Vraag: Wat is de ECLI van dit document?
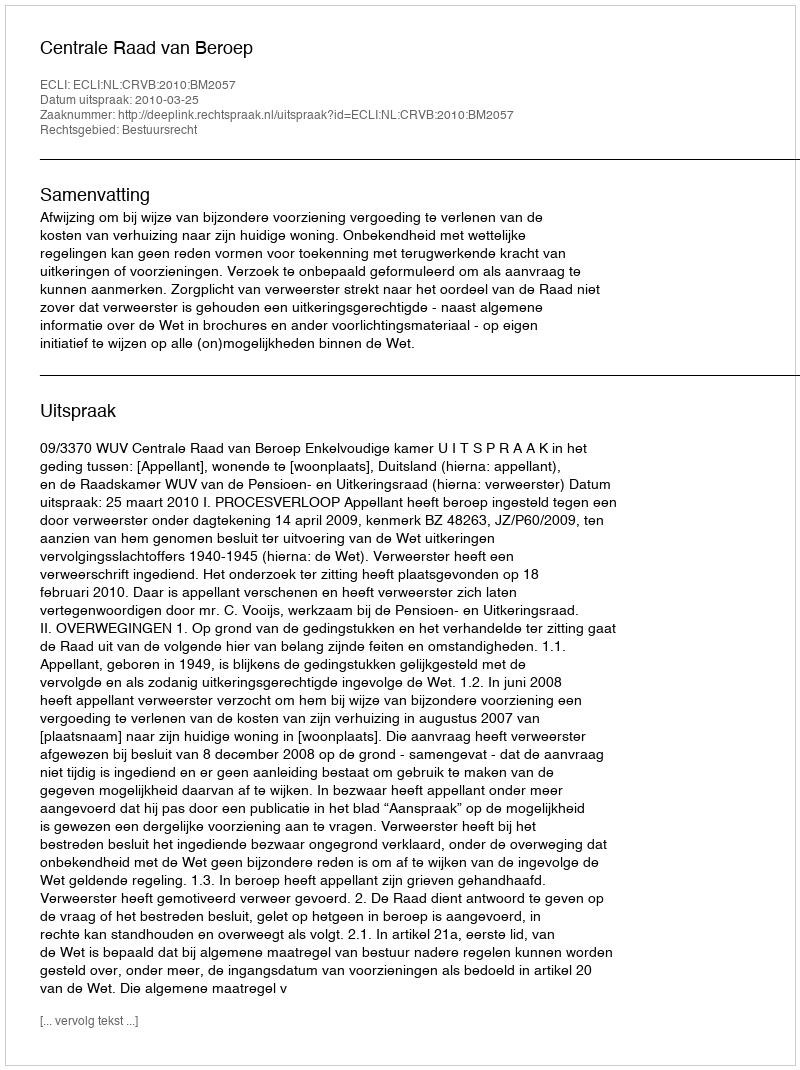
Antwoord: ECLI:NL:CRVB:2010:BM2057